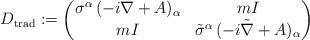
LaTeX: \begin{align*}D_\mathrm{trad}:=\begin{pmatrix}\sigma^\alpha\,(-i\nabla+A)_\alpha&mI\\mI&\tilde\sigma^\alpha\,(-i\tilde\nabla+A)_\alpha\end{pmatrix}\end{align*}